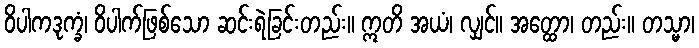
ဝိပါကဒုက္ခံ၊ ဝိပါက်ဖြစ်သော ဆင်းရဲခြင်းတည်း။ ဣတိ အယံ၊ လျှင်။ အတ္ထော၊ တည်း။ တသ္မာ၊